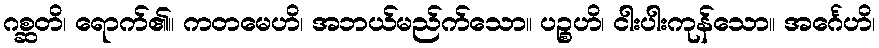
ဂစ္ဆတိ၊ ရောက်၏။ ကတမေဟိ၊ အဘယ်မည်က်သော။ ပဉ္စဟိ၊ ငါးပါးကုန်သော။ အင်္ဂေဟိ၊